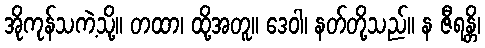
အိုကုန်သကဲ့သို့။ တထာ၊ ထို့အတူ။ ဒေဝါ၊ နတ်တို့သည်။ န ဇီရန္တိ၊